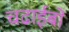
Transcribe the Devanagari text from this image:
चढाईबो